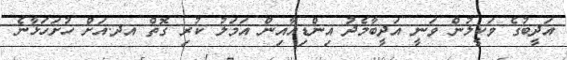
އަދީބުގެ ވަކީލުން ވަނީ އަދީބާމެދު އިންޑިއާއިން އަމަލު ކުރި ގޮތް އދ.އަށް ހުށަހަޅާނެ